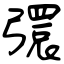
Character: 彋